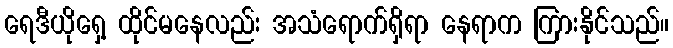
ရေဒီယိုရှေ့ ထိုင်မနေလည်း အသံရောက်ရှိရာ နေရာက ကြားနိုင်သည်။